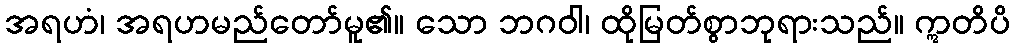
အရဟံ၊ အရဟမည်တော်မူ၏။ သော ဘဂဝါ၊ ထိုမြတ်စွာဘုရားသည်။ ဣတိပိ